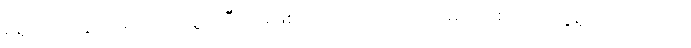
မရှိတဲ့အတွက်ကြောင့် သူ့ကိုဒီလိုမဖြစ်အောင်တော့ ကိုယ့်မိသားစုရော သူ့နဲ့ ပတ်သက်တဲ့